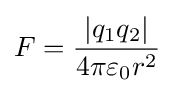
F={\frac {|q_{1}q_{2}|}{4\pi \varepsilon _{0}r^{2}}}